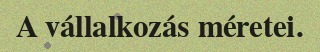
A vállalkozás méretei.